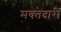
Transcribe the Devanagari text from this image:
मक्‍तेदारी